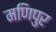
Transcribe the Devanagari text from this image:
मणिपुर